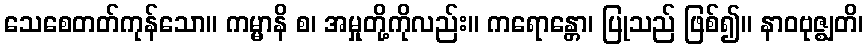
သေစေတတ်ကုန်သော။ ကမ္မာနိ စ၊ အမှုတို့ကိုလည်း။ ကရောန္တော၊ ပြုသည် ဖြစ်၍။ နာဝဗုဇ္ဈတိ၊